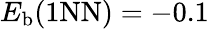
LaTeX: E_{\mathrm{b}}(\mathrm{{1NN})=-0.1}